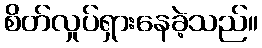
စိတ်လှုပ်ရှားနေခဲ့သည်။